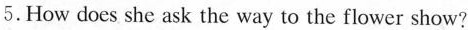
5.How does she ask the way to the flower show?